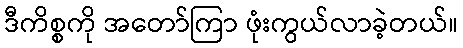
ဒီကိစ္စကို အတော်ကြာ ဖုံးကွယ်လာခဲ့တယ်။